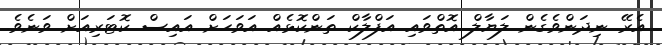
އެރޭ ނިދަންވެގެން ލަޔާލް އޮތްވައި އަފްލާކް ތަންކޮޅެއް އަވަހަށް އައިސް ކޮޓަރިއަށް ވަނެވެ.